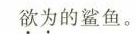
欲为的鲨鱼。